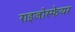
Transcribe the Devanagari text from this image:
राइजोस्फेयर